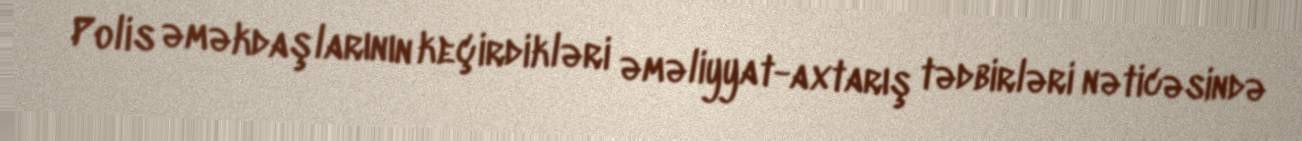
Polis əməkdaşlarının keçirdikləri əməliyyat-axtarış tədbirləri nəticəsində